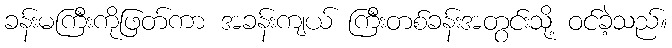
ခန်းမကြီးကိုဖြတ်ကာ အခန်းကျယ် ကြီးတစ်ခန်းအတွင်းသို့ ဝင်ခဲ့သည်။